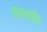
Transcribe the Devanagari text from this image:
किल्लीच